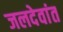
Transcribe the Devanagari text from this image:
जलदेवांत